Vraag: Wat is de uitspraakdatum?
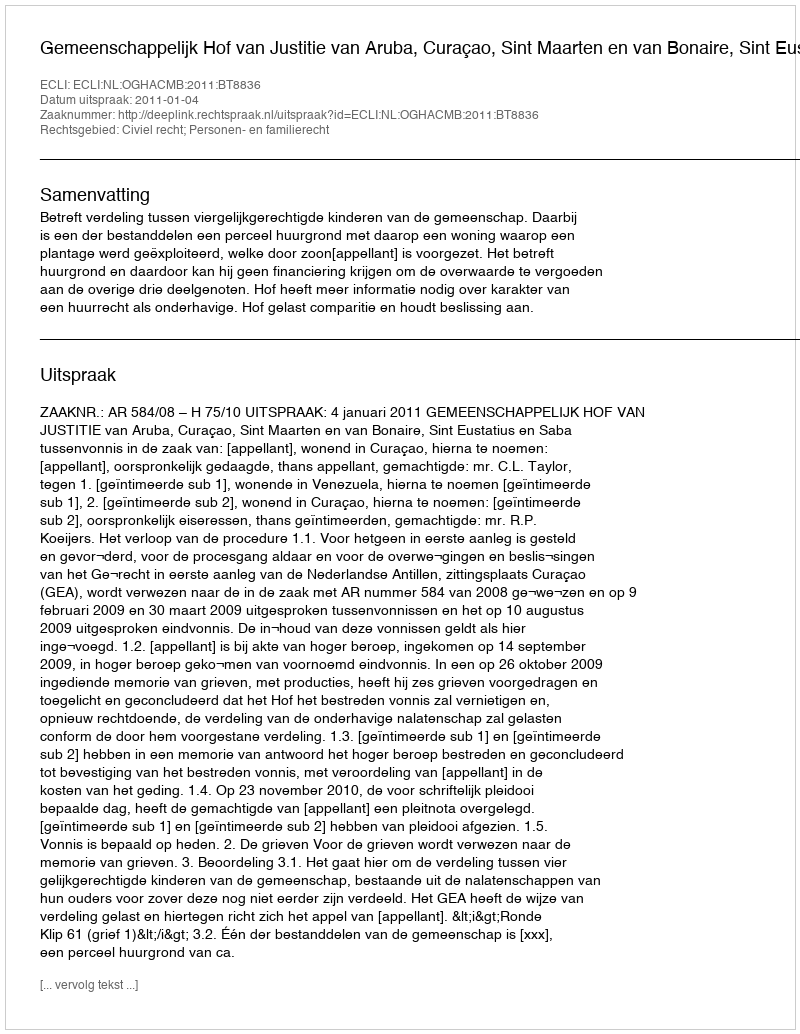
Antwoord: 2011-01-04